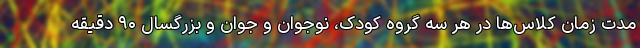
مدت زمان کلاس‌ها در هر سه گروه کودک، نوجوان و جوان و بزرگسال ۹۰ دقیقه